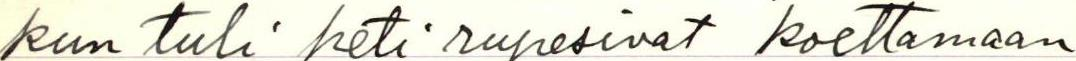
kun tuli heti rupesivat koettamaan